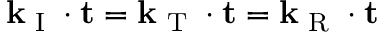
{ \bf k } _ { \textup { I } } \cdot { \bf t } = { \bf k } _ { \textup { T } } \cdot { \bf t } = { \bf k } _ { \textup { R } } \cdot { \bf t }